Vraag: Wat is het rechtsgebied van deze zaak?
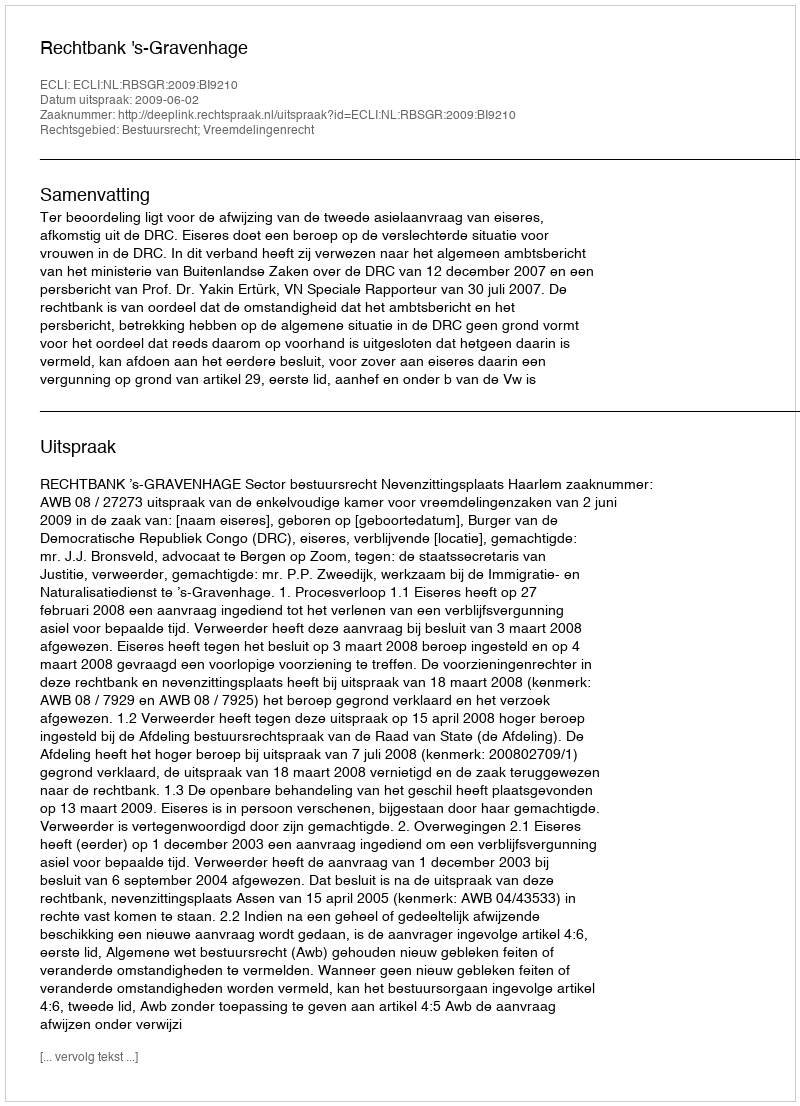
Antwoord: Bestuursrecht; Vreemdelingenrecht